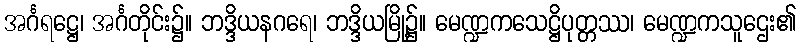
အင်္ဂရဋ္ဌေ၊ အင်္ဂတိုင်း၌။ ဘဒ္ဒိယနဂရေ၊ ဘဒ္ဒိယမြို့၌။ မေဏ္ဍကသေဋ္ဌိပုတ္တဿ၊ မေဏ္ဍကသူဌေး၏